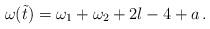
LaTeX: \begin{align*}\omega(\tilde{t})=\omega_{1}+\omega_{2}+2l-4+a\,.\end{align*}